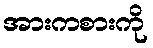
အားကစားကို